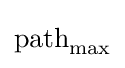
{\text{path}}_{\text{max}}